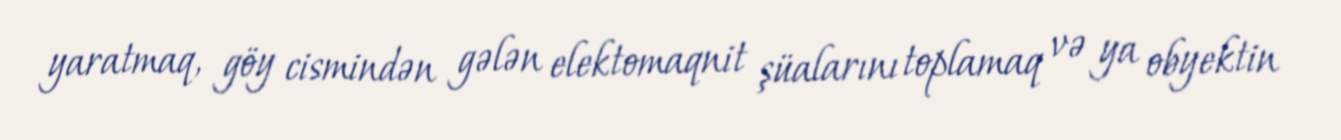
yaratmaq, göy cismindən gələn elektomaqnit şüalarını toplamaq və ya obyektin